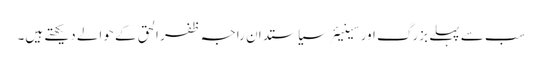
سب سے پہلے بزرگ اور سینیئرسیاستدان راجہ ظفر الحق کے حوالے دیکھتے ہیں۔